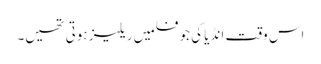
اس وقت انڈیا کی جو فلمیں ریلیز ہوتی تھیں۔